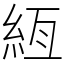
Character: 絚